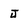
Character: J